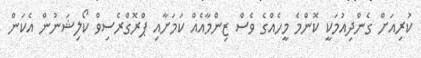
ކުރިއަށް ގެންދިއުމަކީ ކޮންމެ މީހެއްގެ ވެސް ޒިންމާއެއް ކަމަށާއި ޕްރޮގްރެސިވް ކޯލިޝަނުން އެކަން